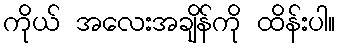
ကိုယ် အလေးအချိန်ကို ထိန်းပါ။